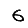
Digit: 6